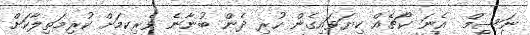
ނަސިމް  އެނަ ކޯޗެއް ކިޔަވައިގެން ހުރި ދެން ބުނާނެ ވެރިކމަށް ކުރިމަތިލާކަށް